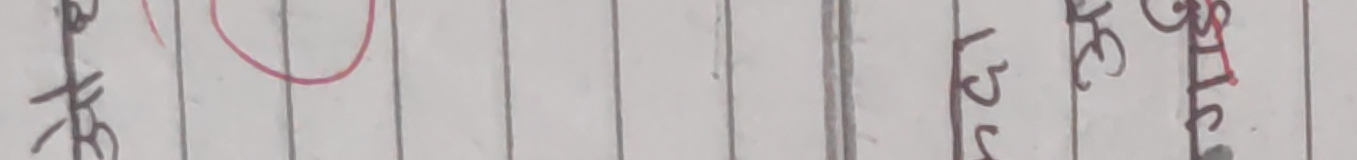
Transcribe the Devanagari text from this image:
के ति ३ मा S